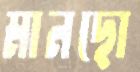
মানছো